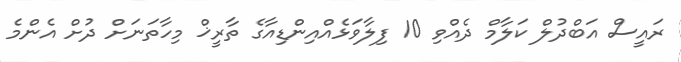
ރައީސް އަބްދުލް ކަލާމް ދެއްވި 10 ފިލާވަޅެއްއިންޑިއާގެ ތާރީޚް މިހާތަނަށް ދުށް އެންމެ